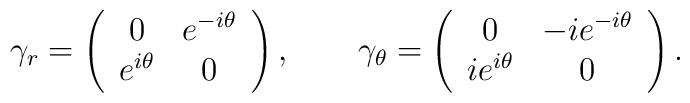
\gamma _r=\left( \begin{array}{cc} 0 &e^{-i\theta } \\ e^{i\theta } & 0 \end{array} \right) ,\qquad \gamma_\theta =\left( \begin{array}{cc} 0 & -ie^{-i\theta } \\ ie^{i\theta } & 0\end{array} \right) .